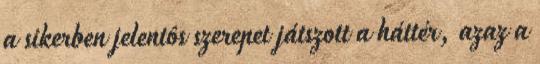
a sikerben jelentôs szerepet játszott a háttér, azaz a